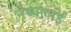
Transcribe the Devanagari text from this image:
नेब्यलाई